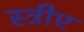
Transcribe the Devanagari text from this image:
स्त्रीए